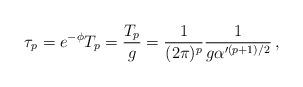
LaTeX: \begin{align*} \tau_p = e^{-\phi}T_p = \frac{T_p}{g} = \frac{1}{(2\pi)^p}\frac{1}{g\alpha'^{(p+1)/2}} \, ,\end{align*}